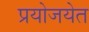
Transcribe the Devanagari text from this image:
प्रयोजयेत